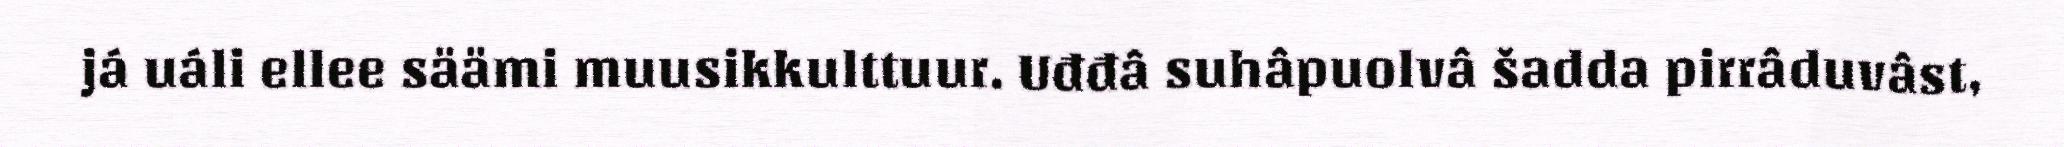
já uáli ellee säämi muusikkulttuur. Uđđâ suhâpuolvâ šadda pirrâduvâst,